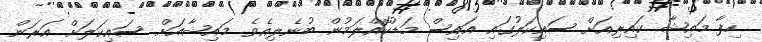
ހިފާ މައިޝާ ކައިރިއަށް ސައިކަލުގައި އައިސް މަޑުކޮއްލަމުން ބުނެލިއެވެ. މައިޝާއަށް ސައިކަލަށް އަރަން